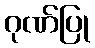
ဂုဏ်ပြု